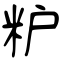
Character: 粐